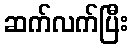
ဆက်လက်ပြီး